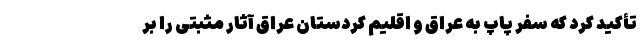
تأکید کرد که سفر پاپ به عراق و اقلیم کردستان عراق آثار مثبتی را بر